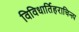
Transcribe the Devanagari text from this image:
विविधार्तिहराचिन्त्य